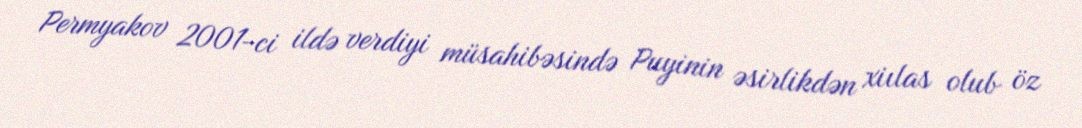
Permyakov 2001-ci ildə verdiyi müsahibəsində Puyinin əsirlikdən xiılas olub öz